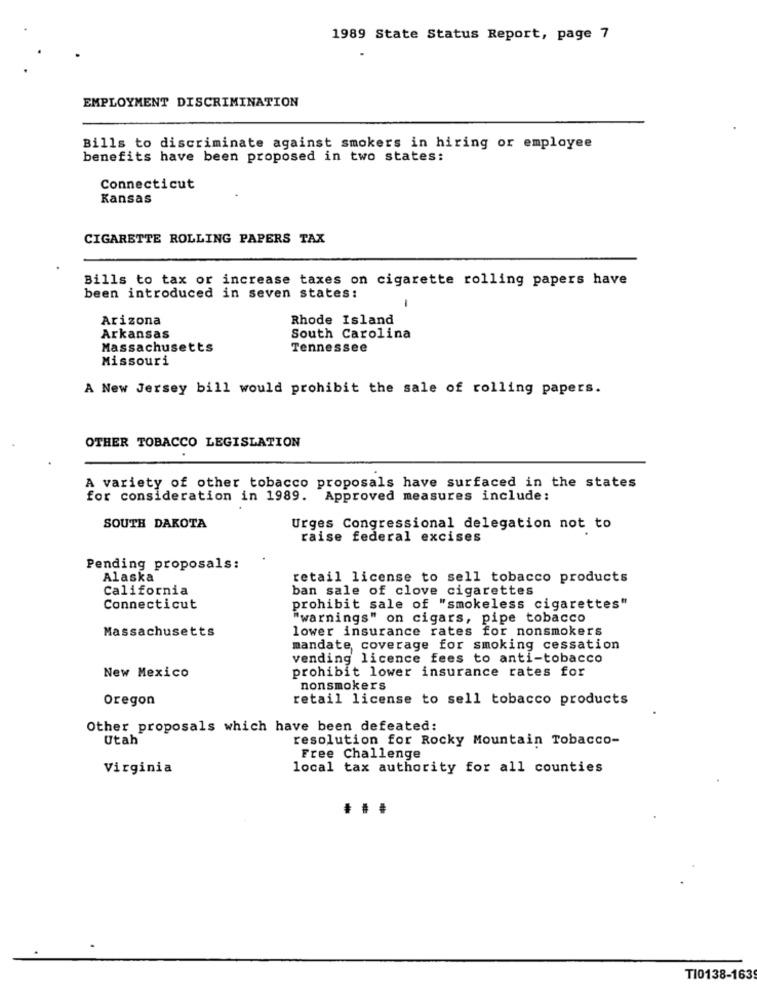
1989 State Status Report, page 7
EMPLOYMENT DISCRIMINATION
Bills to discriminate against smokers in hiring or employee
benefits have been proposed in two states:
Connecticut
Kansas
CIGARETTE ROLLING PAPERS TAX
Bills to tax or increase taxes on cigarette rolling papers have
been introduced in seven states:
-
Arizona
Rhode Island
Arkansas
South Carolina
Massachusetts
Tennessee
Missouri
A New Jersey bill would prohibit the sale of rolling papers.
OTHER TOBACCO LEGISLATION
A variety of other tobacco proposals have surfaced in the states
for consideration in 1989. Approved measures include:
SOUTH DAKOTA
Urges Congressional delegation not to
raise federal excises
Pending proposals:
Alaska
retail license to sell tobacco products
California
ban sale of clove cigarettes
Connecticut
prohibit sale of "smokeless cigarettes"
"warnings" on cigars, pipe tobacco
Massachusetts
lower insurance rates for nonsmokers
mandate coverage for smoking cessation
vending licence fees to anti-tobacco
prohibit lower insurance rates for
New Mexico
nonsmokers
Oregon
retail license to sell tobacco products
Other proposals which have been defeated:
Utah
resolution for Rocky Mountain Tobacco-
Free Challenge
Virginia
local tax authority for all counties
TI0138-1639